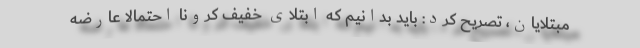
مبتلایان، تصریح کرد: باید بدانیم که ابتلای خفیف کرونا احتمالا عارضه